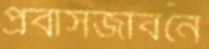
প্রবাসজীবনে